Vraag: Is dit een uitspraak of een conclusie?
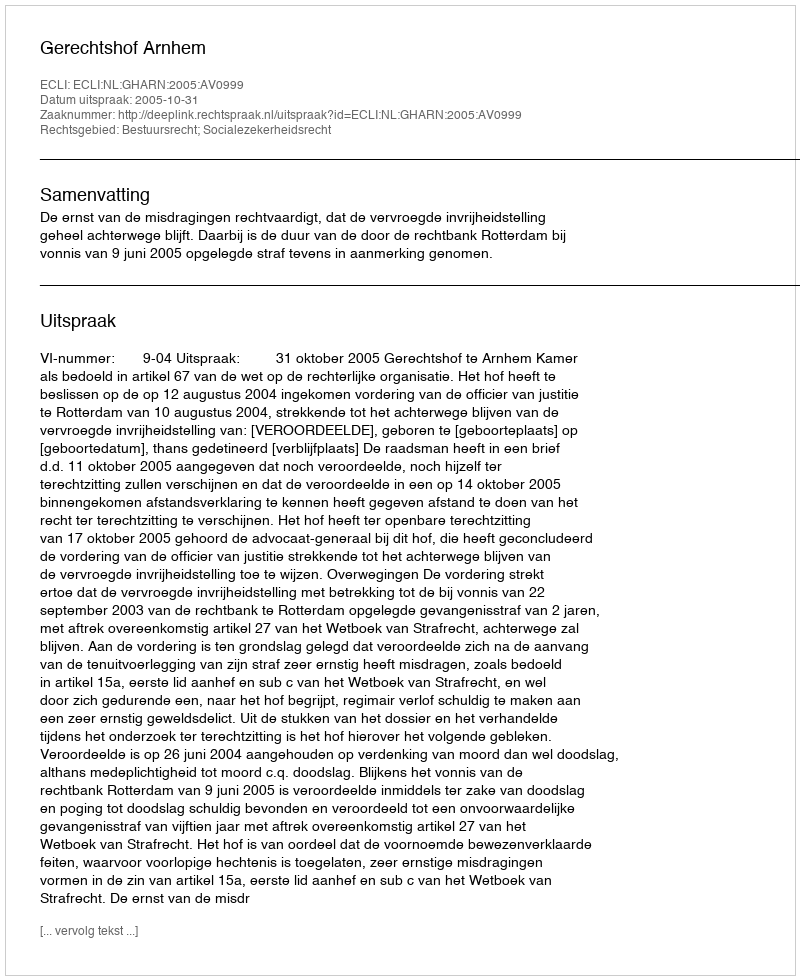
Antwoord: Uitspraak